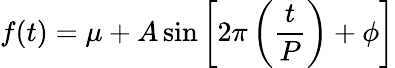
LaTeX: f(t)=\mu+A\sin{\left[2\pi\left(\frac{t}{P}\right)+\phi\right]}